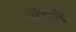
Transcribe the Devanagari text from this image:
शेहेरेज़ादे